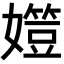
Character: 𡢒